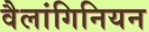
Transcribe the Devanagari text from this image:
वैलांगिनियन